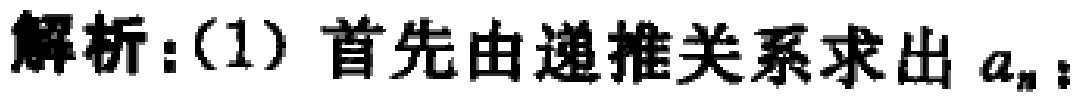
解析：(1) 首先由递推关系求出 \(a_{n}\)：